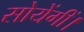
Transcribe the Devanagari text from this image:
सोयेंगीं।